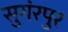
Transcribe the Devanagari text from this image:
सुगंरपुर